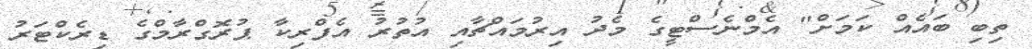
ތިބި ބައެއް ކަމަށް" އެމްނެސްޓީގެ މެދު އިރުމައްޗާއި އުތުރު އެފްރިކާ ޕުރޮގްރާމްގެ ޑިރެކްޓަރު